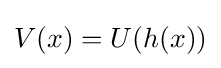
V(x)=U(h(x))